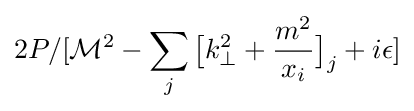
2P/[{\mathcal {M}}^{2}-\sum _{j}{\big [}{k_{\perp }^{2}+{\frac {m^{2}}{x_{i}}}}{\big ]}_{j}+i\epsilon ]